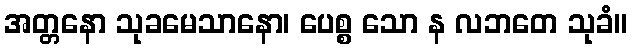
အတ္တနော သုခမေသာနော၊ ပေစ္စ သော န လဘတေ သုခံ။